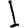
Digit: 1